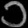
Digit: ၁